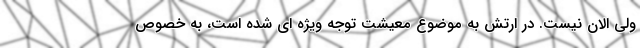
ولی الان نیست. در ارتش به موضوع معیشت توجه ویژه ای شده است، به خصوص